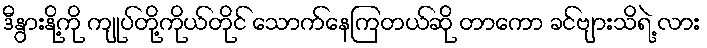
ဒီနွားနို့ကို ကျုပ်တို့ကိုယ်တိုင် သောက်နေကြတယ်ဆို တာကော ခင်ဗျားသိရဲ့ လား